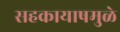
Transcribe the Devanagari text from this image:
सहकायाषमुळे